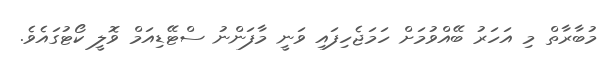
މުބާރާތް މި އަހަރު ބޭއްވުމަށް ހަމަޖެހިފައި ވަނީ މާފަންނު ސްޓޭޑިއަމް ވޮލީ ކޯޓުގައެވެ.